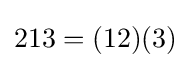
213=(12)(3)